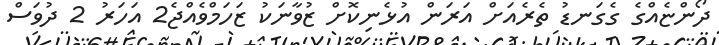
ދޯންޏެއްގެ ގެގަނޑު ތެރެއަށް އަރަން އުޅެނިކޮށް ޒުވާނަކު ޒަހަމްވެއްޖެ2 އަހަރު 2 ދުވަސް